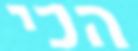
הכי